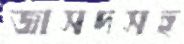
জাসদসহ